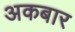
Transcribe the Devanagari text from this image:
अकबार